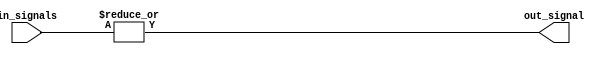
module OR_gate_64 (
    input [63:0] in_signals,
    output out_signal
);

assign out_signal = |in_signals;

endmodule